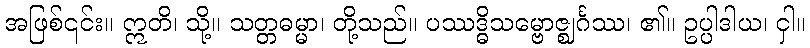
အဖြစ်၎င်း။ ဣတိ၊ သို့။ သတ္တဓမ္မာ၊ တို့သည်။ ပဿဒ္ဓိသမ္ဗောဇ္ဈင်္ဂဿ၊ ၏။ ဥပ္ပါဒါယ၊ ငှါ။